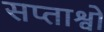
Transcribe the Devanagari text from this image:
सप्ताश्वो